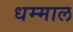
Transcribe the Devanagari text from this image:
धम्माल